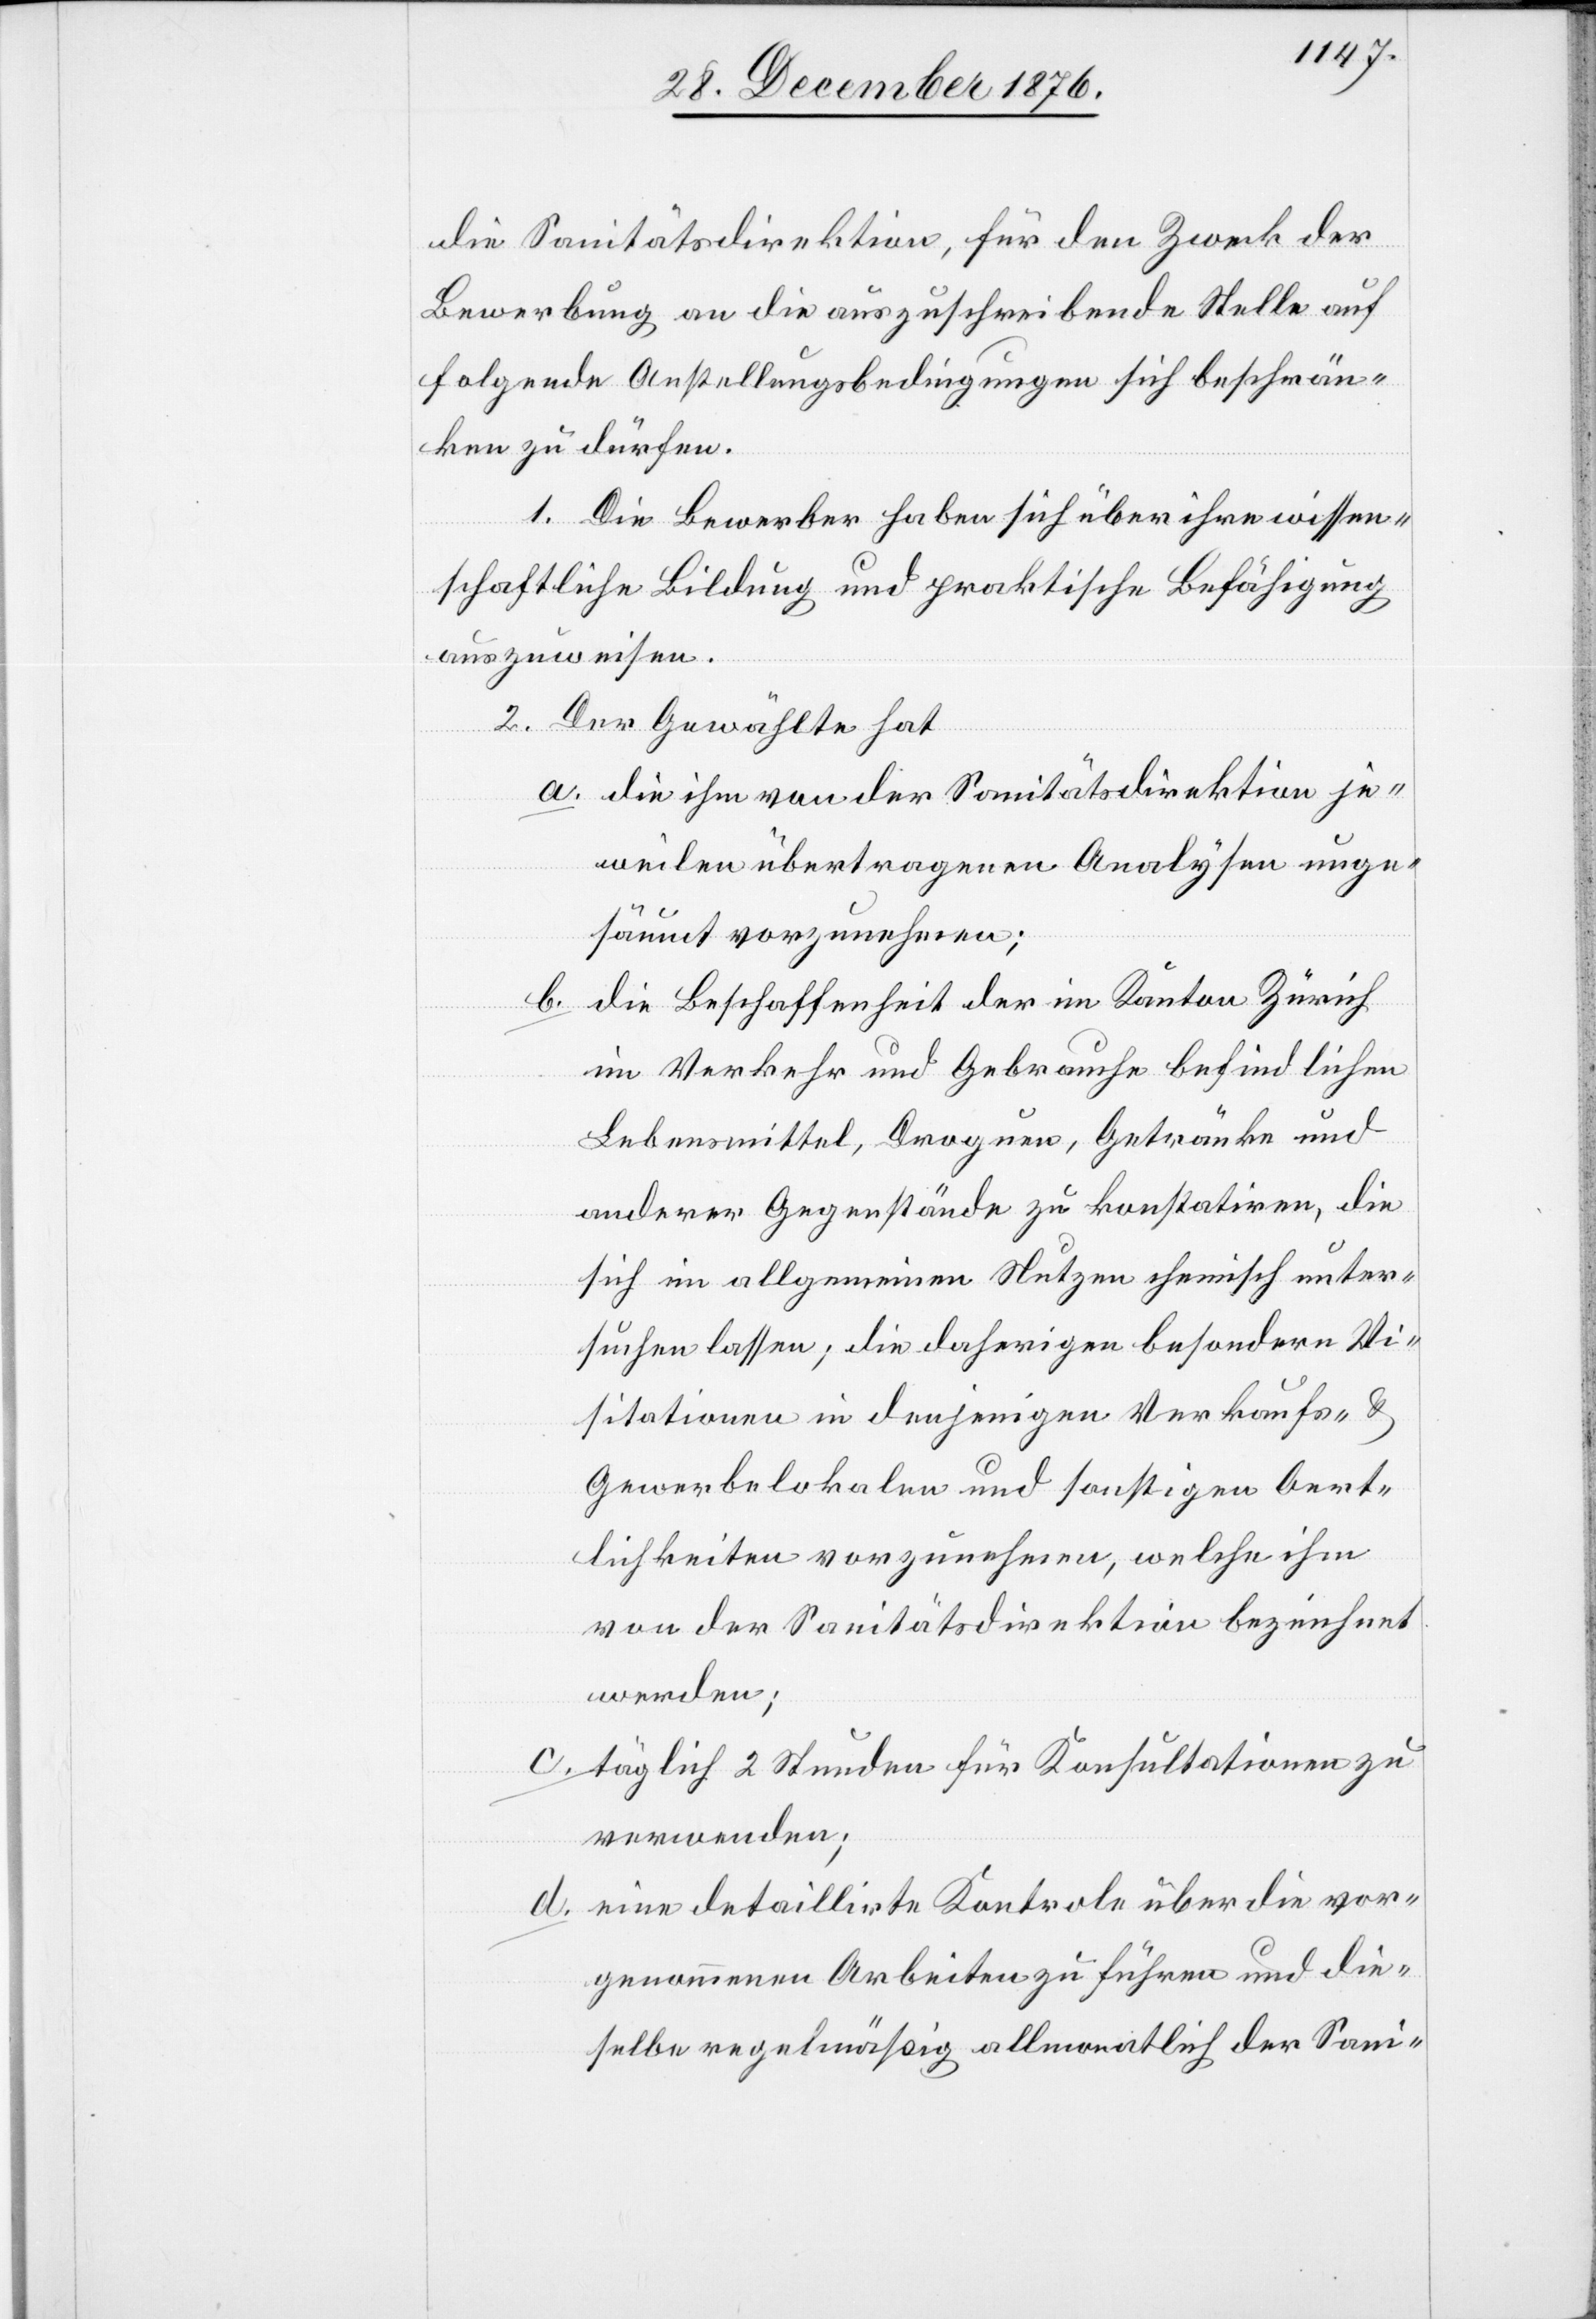
die Sanitätsdirektion, für den Zweck der
Bewerbung an die auszuschreibende Stelle auf
folgende Anstellungsbedingungen sich beschrän¬
ken zu dürfen.
1. Die Bewerber haben sich über ihre wissen¬
schaftliche Bildung und praktische Befähigung
auszuweisen.
2. Der Gewählte hat
a. die ihm von der Sanitätsdirektion je¬
weilen übertragenen Analysen unge¬
säumt vorzunehmen;
die Beschaffenheit der im Kanton Zürich
b.
im Verkehr und Gebrauche befindlichen
Lebensmittel, Droguen, Getränke und
anderer Gegenstände zu konstatiren, die
sich im allgemeinen Nutzen chemisch unter¬
suchen lassen; die daherigen besondern Vi¬
sitationen in denjenigen Verkaufs- &
Gewerbelokalen und sonstigen Oert¬
lichkeiten vorzunehmen, welche ihm
von der Sanitätsdirektion bezeichnet
werden;
c.
täglich 2 Stunden für Konsultationen zu
verwenden;
d. eine detaillirte Kontrole über die vor¬
genommenen Arbeiten zu führen und die¬
selbe regelmäßig allmonatlich der Sani-